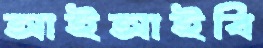
আইআইবি